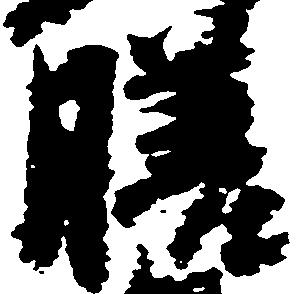
膳